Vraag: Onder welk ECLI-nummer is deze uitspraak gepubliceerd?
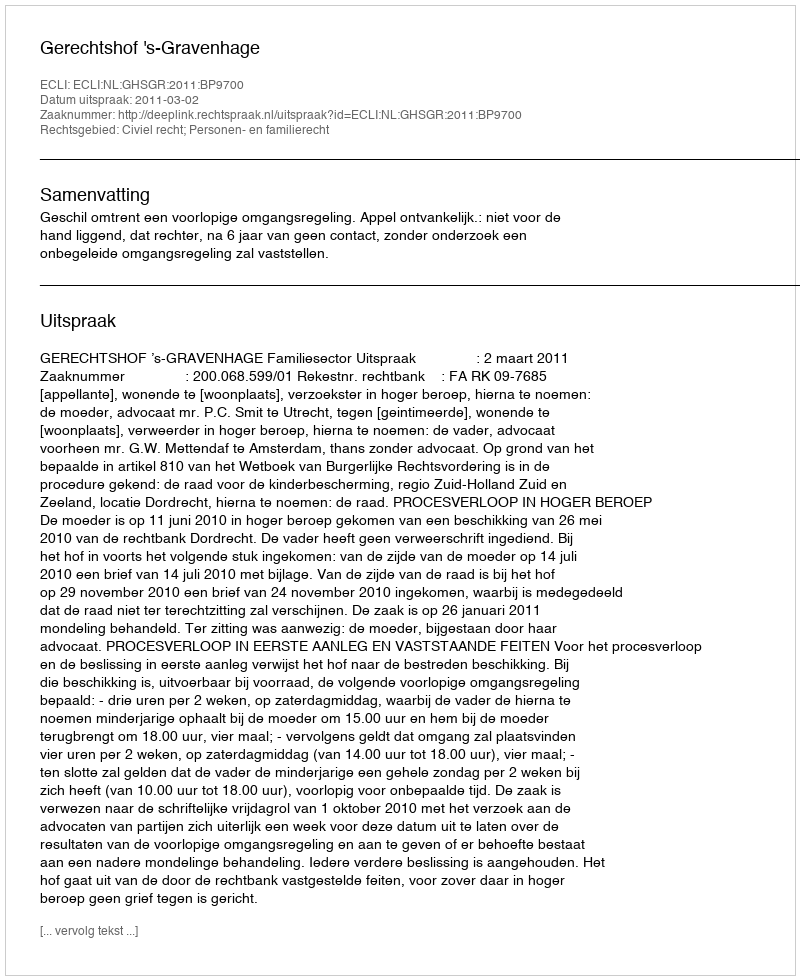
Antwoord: ECLI:NL:GHSGR:2011:BP9700